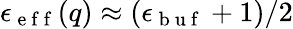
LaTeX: \epsilon_{\mathrm{~e~f~f~}}(q)\approx(\epsilon_{\mathrm{~b~u~f~}}+1)/2